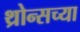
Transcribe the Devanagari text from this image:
थ्रोन्सच्या